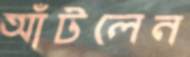
আঁটলেন